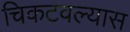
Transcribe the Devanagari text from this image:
चिकटवल्यास